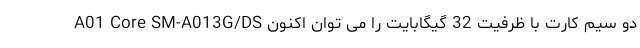
A01 Core SM-A013G/DS دو سیم کارت با ظرفیت 32 گیگابایت را می توان اکنون